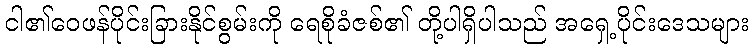
ငါ၏ဝေဖန်ပိုင်းခြားနိုင်စွမ်းကို ရေစိုခံဇစ်၏ တို့ပါရှိပါသည် အရှေ့ပိုင်းဒေသများ